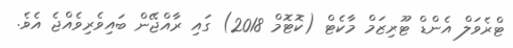
ޓްރެވަލް އެންޑް ޓޫރިޒަމް މާކެޓް (ކޮޓޮމް 2018) ގައި ރާއްޖޭން ބައިވެރިވެއްޖެ އެވެ.